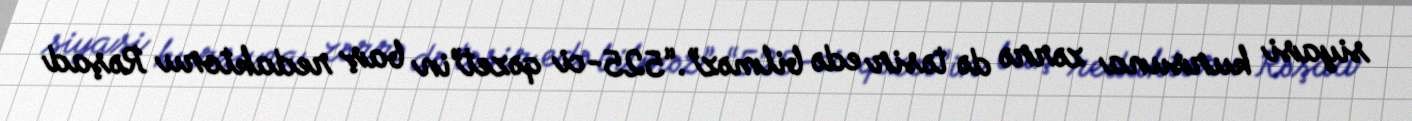
siyasi kursuna zərrə də təsir edə bilməz”.“525-ci qəzet”in baş redaktoru Rəşad